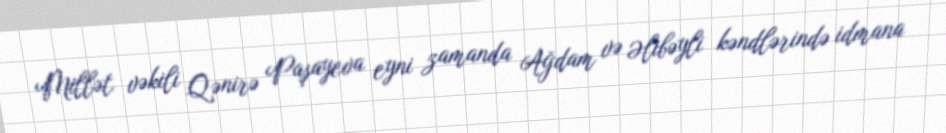
Millət vəkili Qənirə Paşayeva eyni zamanda Ağdam və Əlibəyli kəndlərində idmana